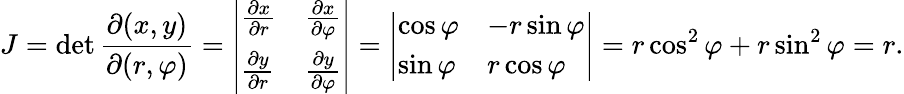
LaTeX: J=\operatorname*{det}{\frac{\partial(x,y)}{\partial(r,\varphi)}}={\left|\begin{array}{ll}{{\frac{\partial x}{\partial r}}}&{{\frac{\partial x}{\partial\varphi}}}\\ {{\frac{\partial y}{\partial r}}}&{{\frac{\partial y}{\partial\varphi}}}\end{array}\right|}={\left|\begin{array}{ll}{\cos\varphi}&{-r\sin\varphi}\\ {\sin\varphi}&{r\cos\varphi}\end{array}\right|}=r\cos^{2}\varphi+r\sin^{2}\varphi=r.